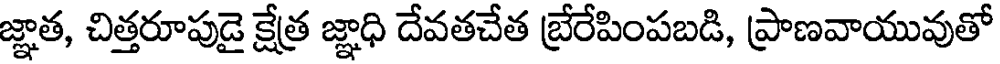
జ్ఞాత, చిత్తరూపుడై క్షేత్ర జ్ఞాధి దేవతచేత బ్రేరేపింపబడి, ప్రాణవాయువుతో